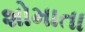
શોમાતા